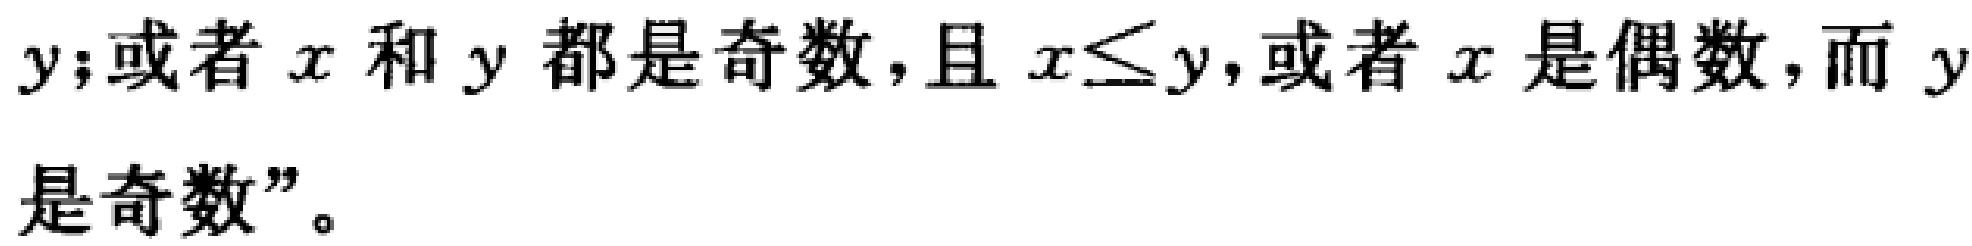
$y$;或者$x$和$y$都是奇数，且$x\leq y$,或者$x$是偶数，而$y$是奇数”。